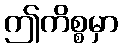
ဤကိစ္စမှာ